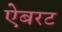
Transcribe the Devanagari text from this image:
ऐबरट